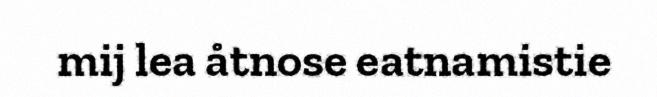
mij lea åtnose eatnamistie